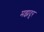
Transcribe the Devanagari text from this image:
मझदूर